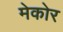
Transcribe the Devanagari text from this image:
मेकोर